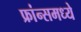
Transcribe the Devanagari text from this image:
फ्रांन्समध्ये